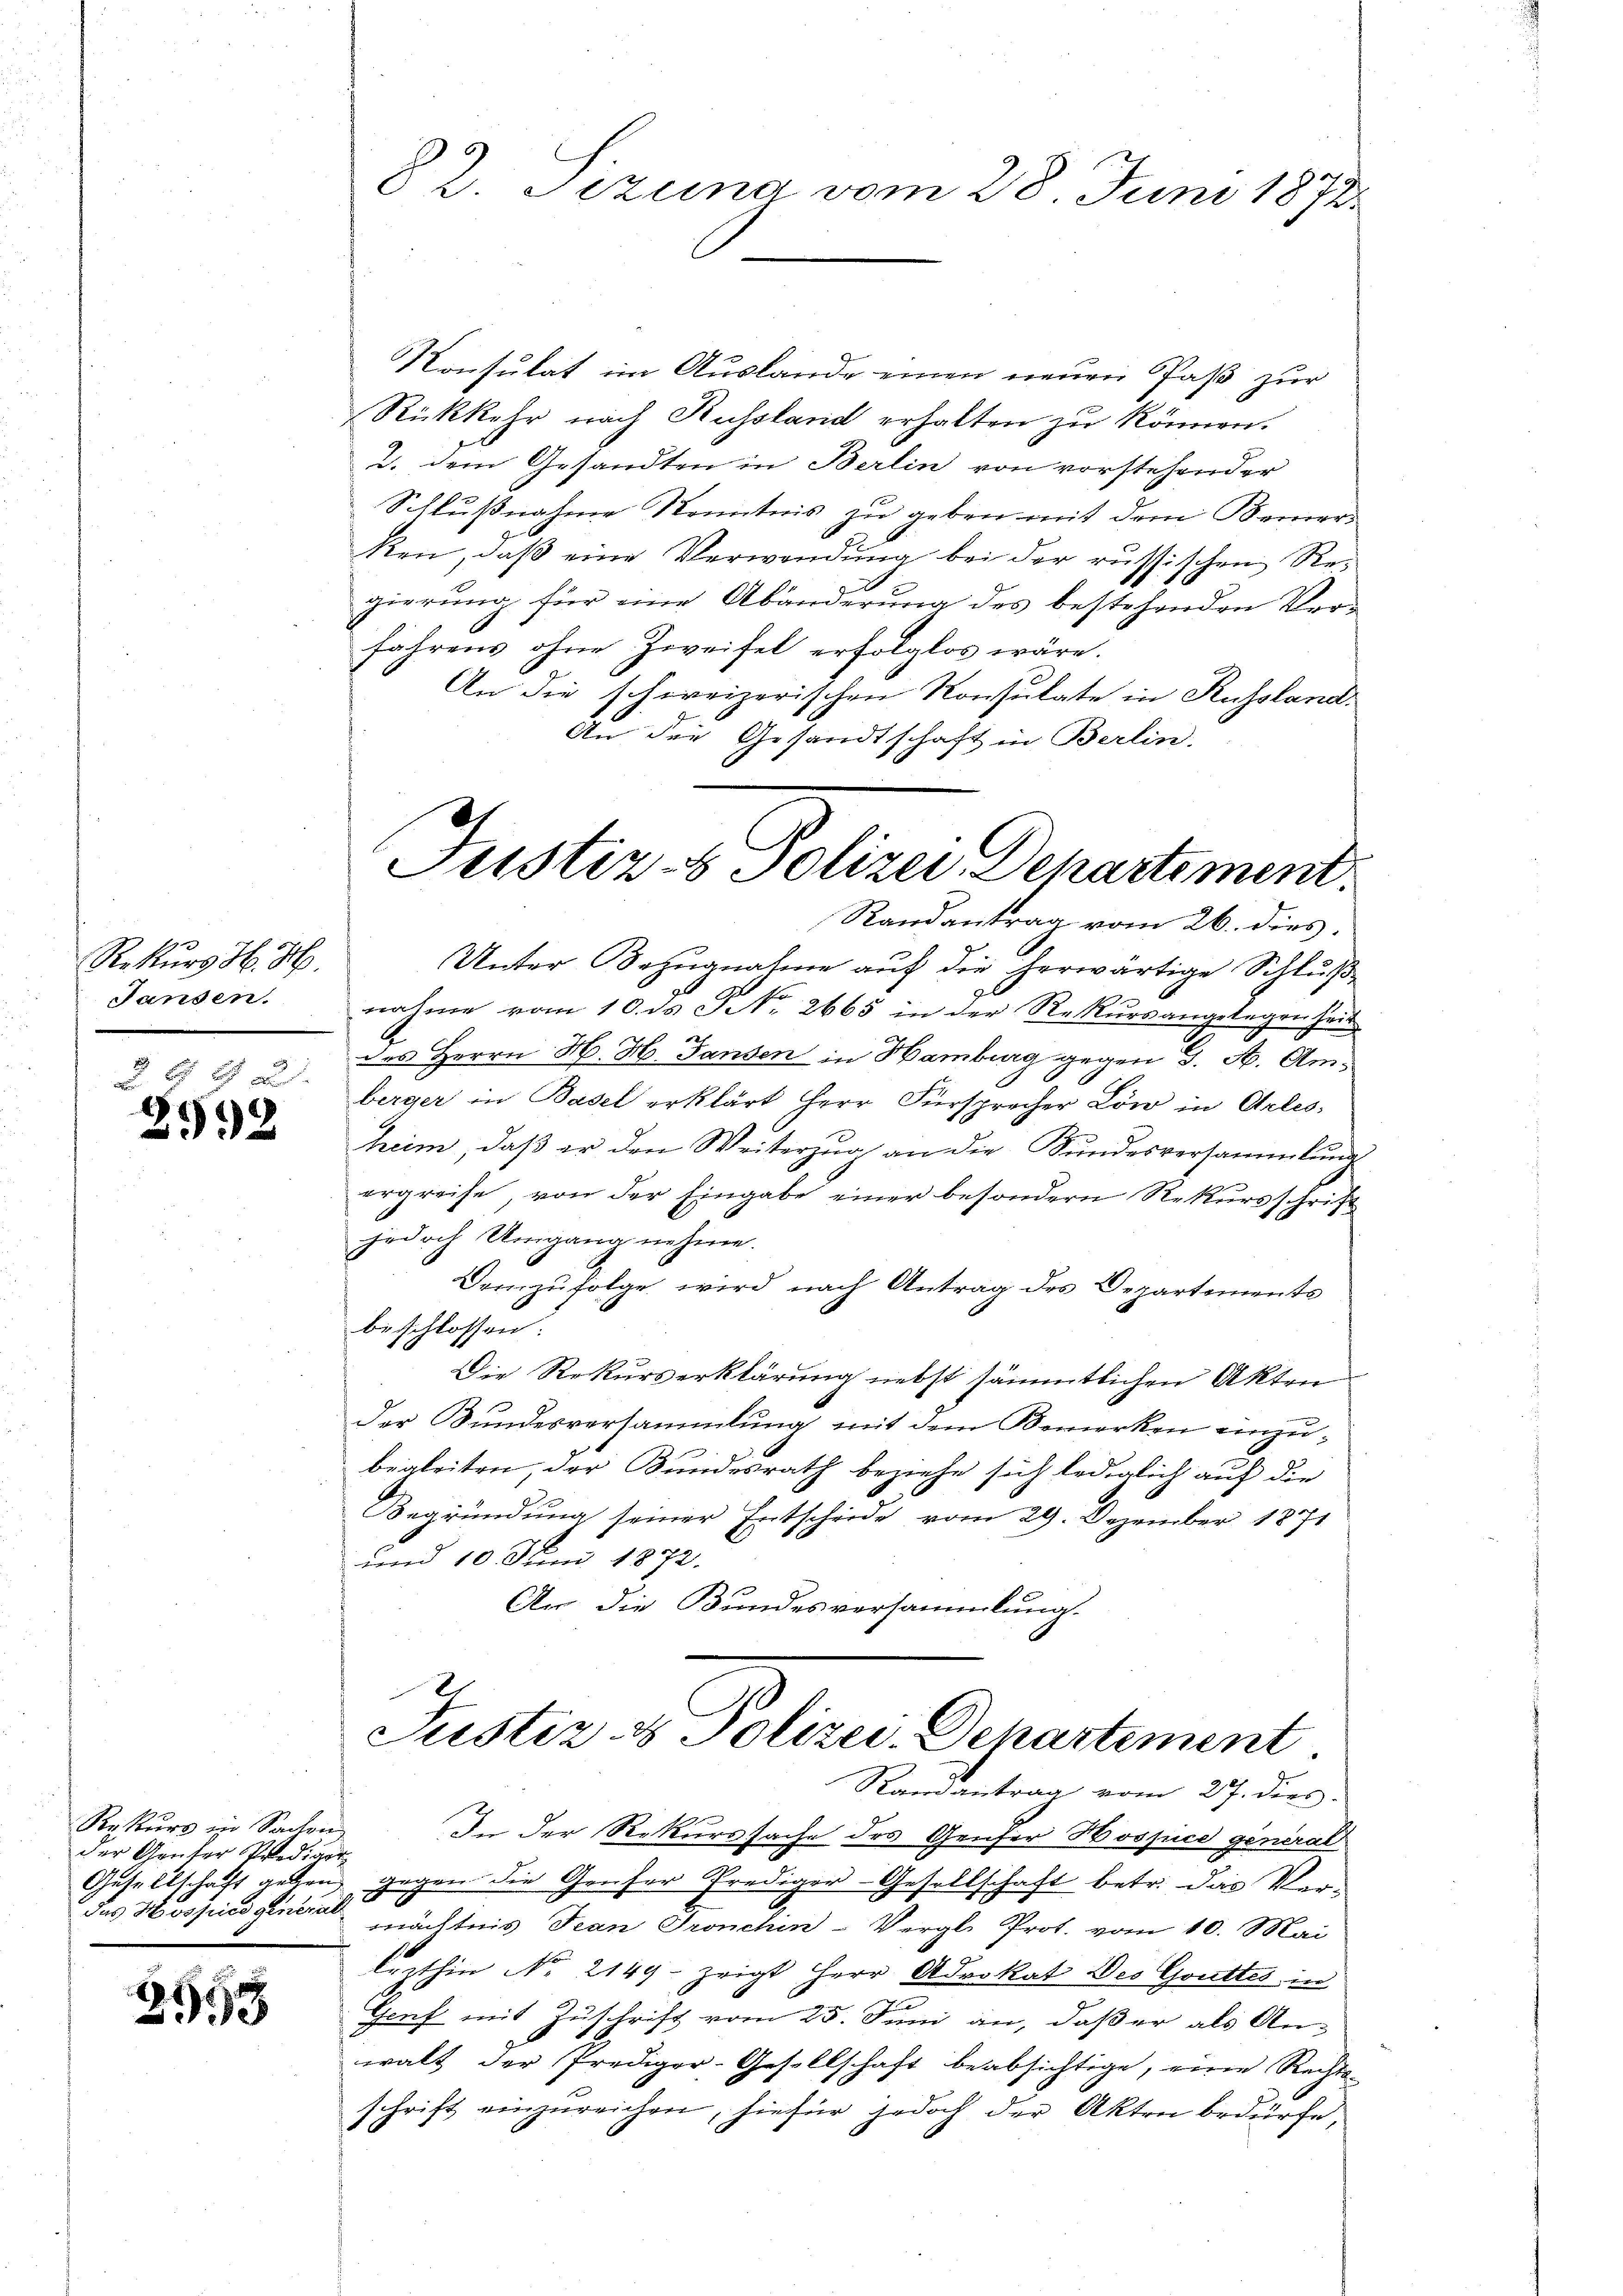
Rekurs H. H.
Sanden.

f a
2992

Rekurs in Sachen
der Genfer Prediger
das Hospici general

2558

82. Tizung vom 28. Juni 1872

Konsulat im Auslande einen neuen Paß zur
Rückkehr nach Russland erhalten zu können.
2. dem Gesandten in Berlin von vorstehender
Schlußnahme Kenntnis zu geben mit dem Berners
ken, daß eine Verwendung bei der russischen Regierung für eine Abänderung des bestehenden Verfahrens ohne Zweifel erfolglos wäre.
An die schweizerischen Konsulate in Russland.
An die Gesandtschaft in Berlin.
Unter Bezugnahme auf die herwärtige Schluß
nahme vom 10. ds No. 2665 in der Rekŭrsangelagen hei
des Herrn H. H. Tanzen in Hamburg gegen 3. A. Amberger in Basel erklärt Herr Fürsprecher Löw in Arles
heim, daβ er den Weiterzŭg an die Sŭndesversammlung
ergreife, von der Eingabe einer besondern Rekursschrift
jedoch Umgang nehme.
Demzufolge wird nach Antrag des Departements
beschlossen:
Die Rekurserklärung nebst sämmtlichen Akten
der Bundesversammlung mit dem Bemerken einzubigleiten, der Bundesrath beziehe sich lediglich auf die
Begründung seiner Entscheide vom 29. Dezember 1871
und 10. Juni 1872.
An die Bundesversammlung.
.
Justiz- & Polizei-Dchartement
Randantrag vom 27. dies
In der Rekurssache des Genfer Hospice general
Gesellschaft gehen, gegen die Gruser Prediger-Gesellschaft betr. das Ver-
mächtnis Jean Pronchin-Vergl. Prot. vom 10. Mai
lezthin No 2149. zeigt Herr Advokat Des Gottes in
Graf mit Zuschrift vom 25. Juni an, daß er als Anwalt der Prediger-Gesellschaft beabsichtige, eine Rechts-
schrift einzureichen, hiefür jedoch der Akten bedürfe,

Justiz- & Polizei Departement.
Randantrag vom 26. dies